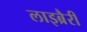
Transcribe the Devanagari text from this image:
लाइब्रैरी